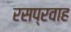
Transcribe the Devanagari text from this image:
रसप्रवाह